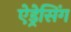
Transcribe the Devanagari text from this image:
ऐड्रेसिंग